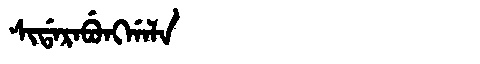
Manchu: ᠰᡳᡩᠠᡵᠠᠪᡠᠩᡤᠠᠯᠠ
Romanization: SIDARABUNGGALA